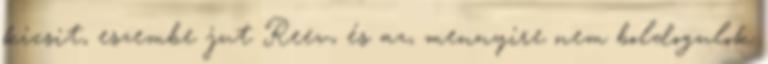
kicsit, eszembe jut Reev, és az, mennyire nem boldogulok